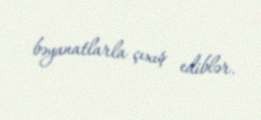
bəyanatlarla çıxış ediblər.